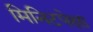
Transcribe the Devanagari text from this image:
मिनिटपेक्षा